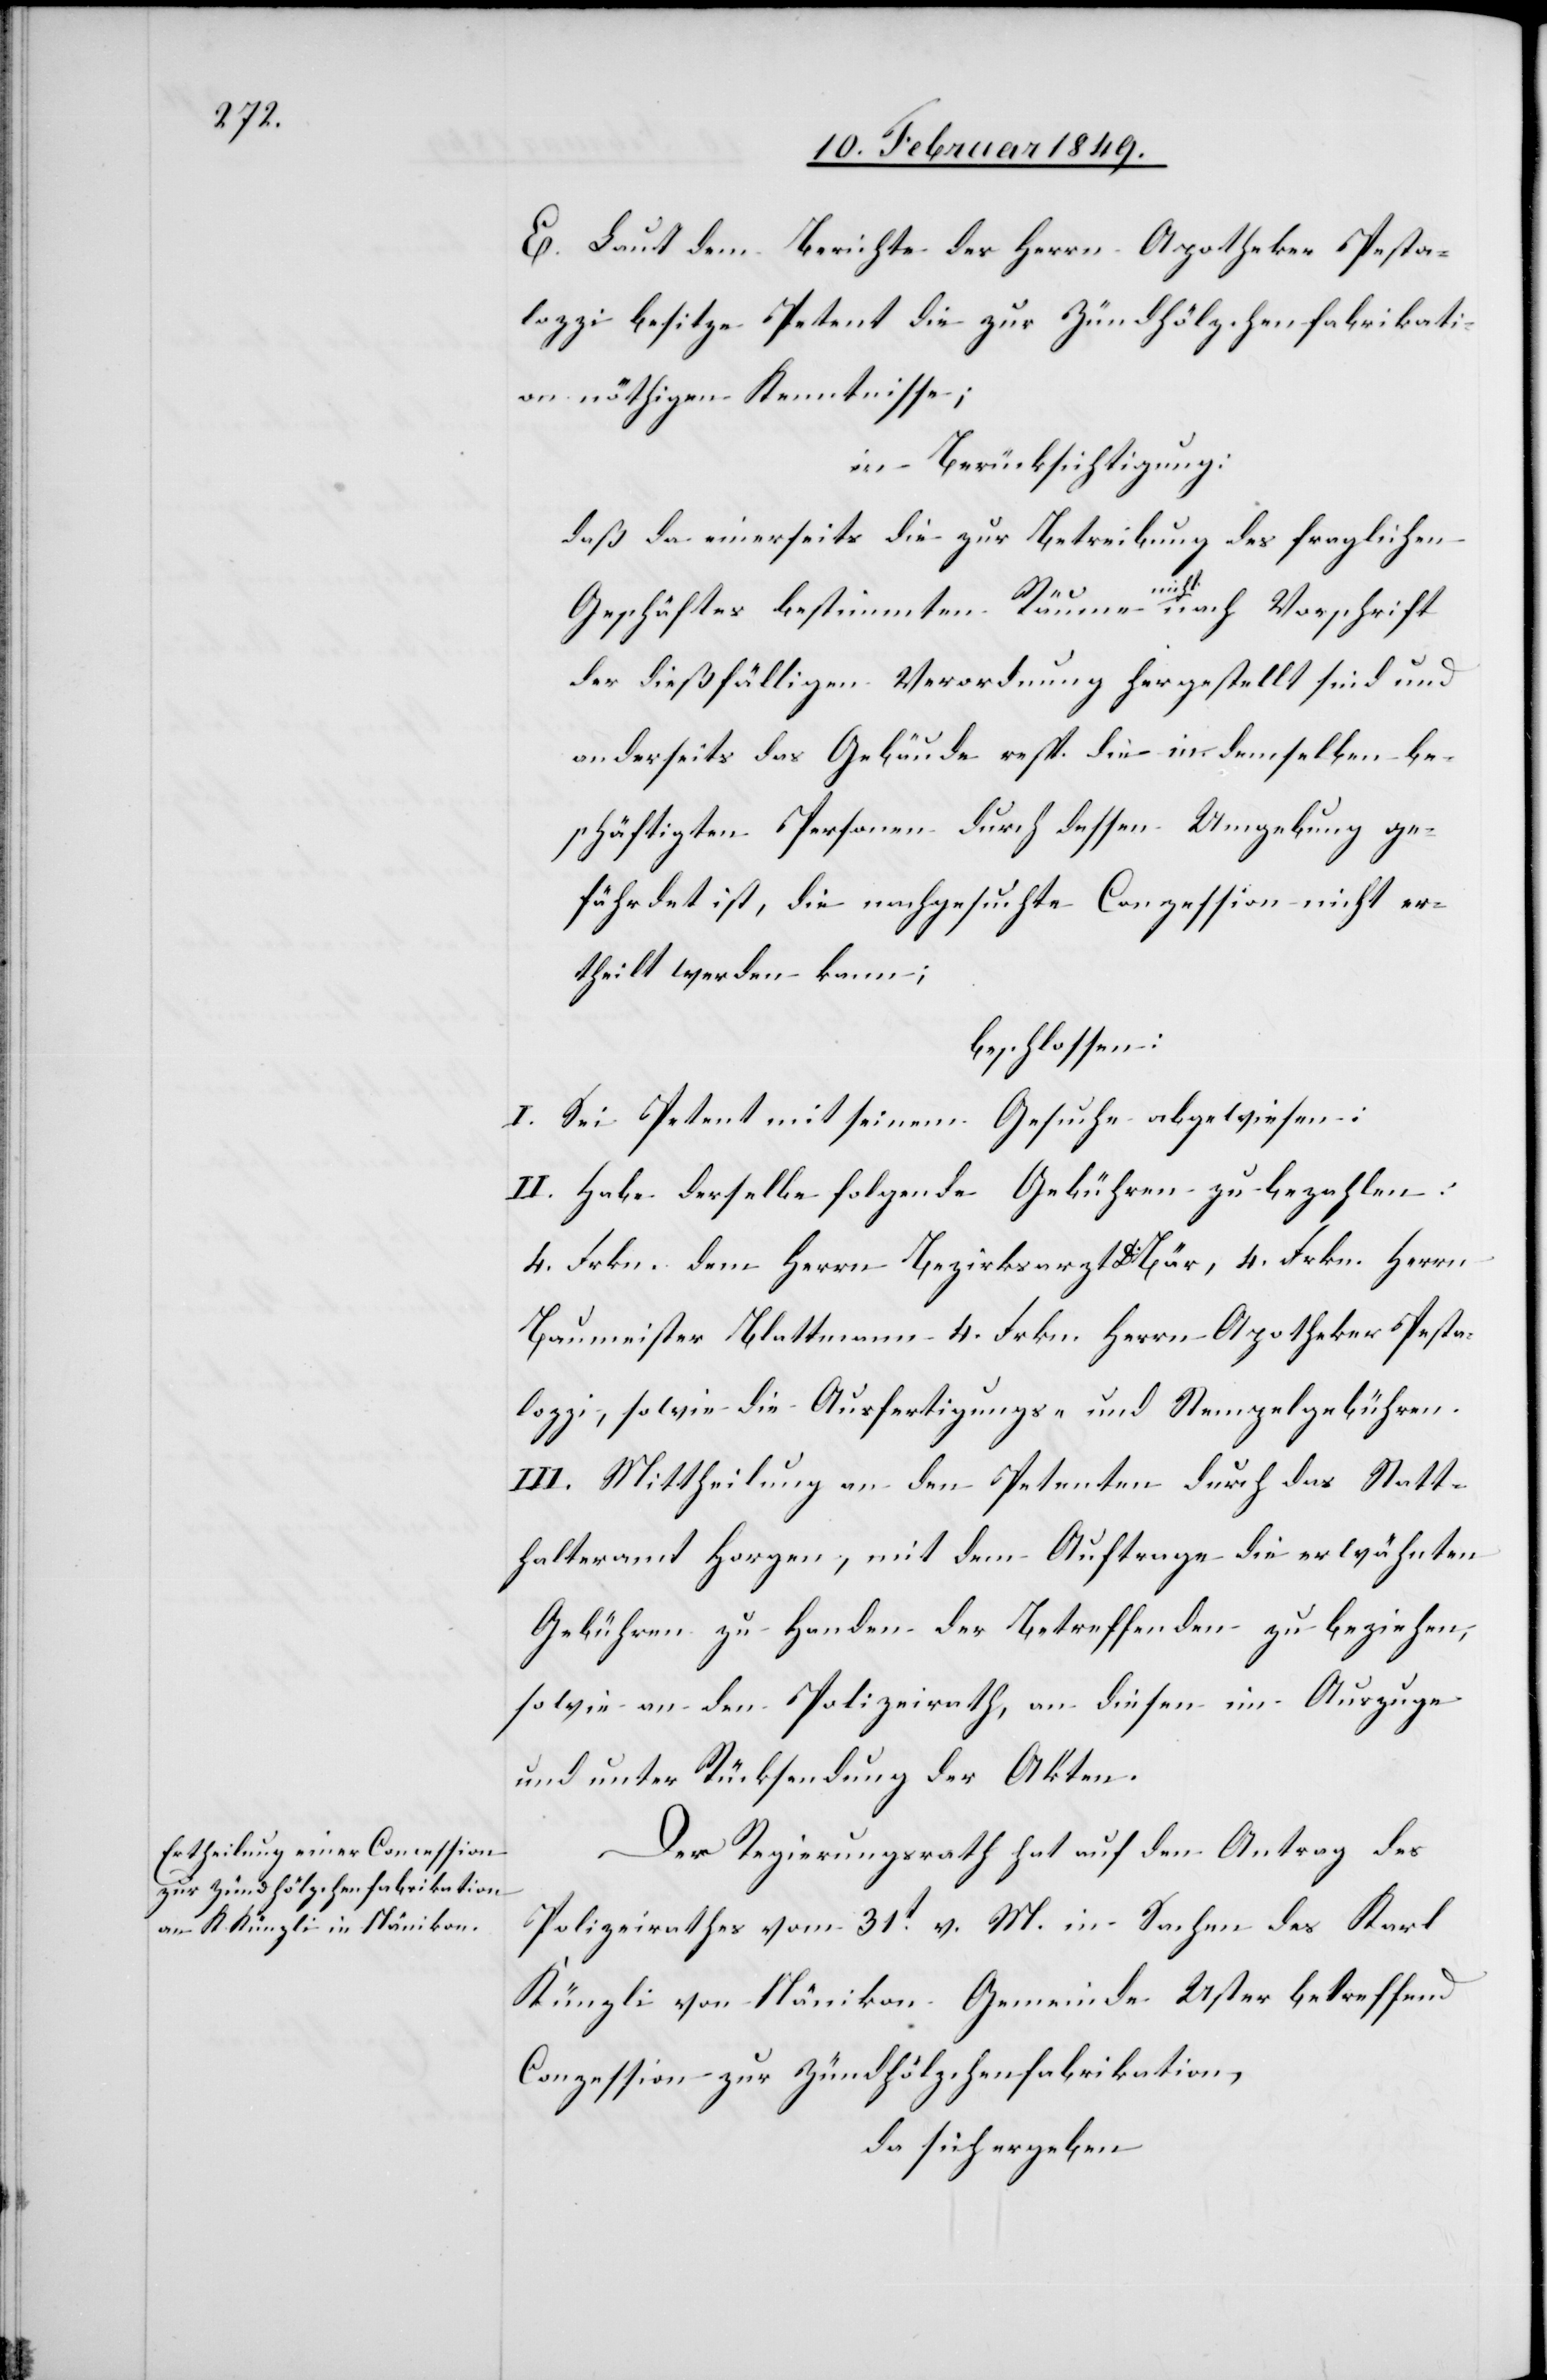
E. Laut dem Berichte des Herrn Apotheker Pesta¬
lozzi besitze Petent die zur Zündhölzchenfabrikati¬
on nöthigen Kenntnisse;
in Berücksichtigung:
daß da einerseits die zur Betreibung des fraglichen
Geschäftes bestimmten Räume nicht nach Vorschrift
der dießfälligen Verordnung hergestellt sind und
anderseits das Gebäude resp. die in demselben be¬
schäftigten Personen durch dessen Umgebung ge¬
fährdet ist, die nachgesuchte Conzession nicht er¬
theilt werden kann;
beschlossen:
I. Sei Petent mit seinem Gesuche abgewiesen;
II. Habe derselbe folgende Gebühren zu bezahlen:
4. Frkn. dem Herrn Bezirksarzt Dr. Bär, 4. Frkn. Herrn
Baumeister Blattmann 4. Frkn. Herrn Apotheker Pesta¬
lozzi, sowie die Ausfertigungs- und Stempelgebühren.
III. Mittheilung an den Petenten durch das Statt¬
halteramt Horgen, mit dem Auftrage die erwähnten
Gebühren zu Handen der Betreffenden zu beziehen,
sowie an den Polizeirath, an diesen im Auszuge
und unter Rücksendung der Akten.
Der Regierungsrath hat auf den Antrag des
Polizeirathes vom 31t. v. M. in Sachen des Karl
Künzli von Nänikon Gemeinde Uster betreffend
Conzession zur Zündhölzchenfabrikation,
da sich ergeben